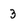
Character: 3